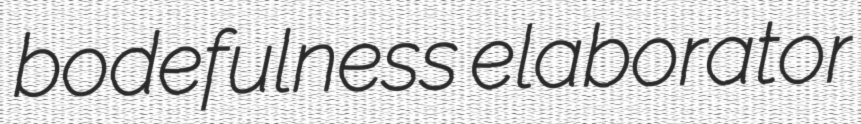
bodefulness elaborator